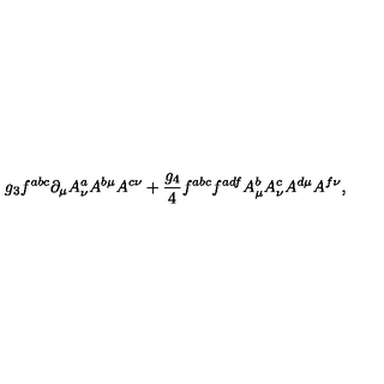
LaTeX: g _ { 3 } f ^ { a b c } \partial _ { \mu } A _ { \nu } ^ { a } A ^ { b \mu } A ^ { c \nu } + { \frac { g _ { 4 } } { 4 } } f ^ { a b c } f ^ { a d f } A _ { \mu } ^ { b } A _ { \nu } ^ { c } A ^ { d \mu } A ^ { f \nu } ,